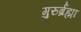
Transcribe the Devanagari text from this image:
गुरुर्ब्रह्मा